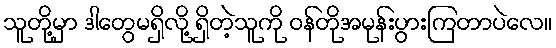
သူတို့မှာ ဒါတွေမရှိလို့ ရှိတဲ့သူကို ဝန်တိုအမုန်းပွားကြတာပဲလေ။